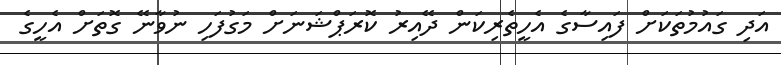
އަދި ގައުމުތަކަށް ފައިސާގެ އެހީތެރިކަން ދޭއިރު ކޮރަޕްޝަނަށް މަގުފަހި ނުވާނޭ ގޮތަށް އެހީގެ